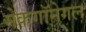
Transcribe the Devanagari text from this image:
मेकगॉनेगल